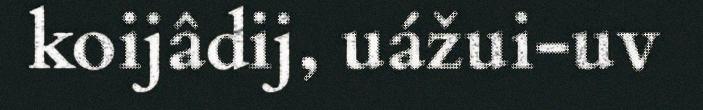
koijâdij, uážui-uv